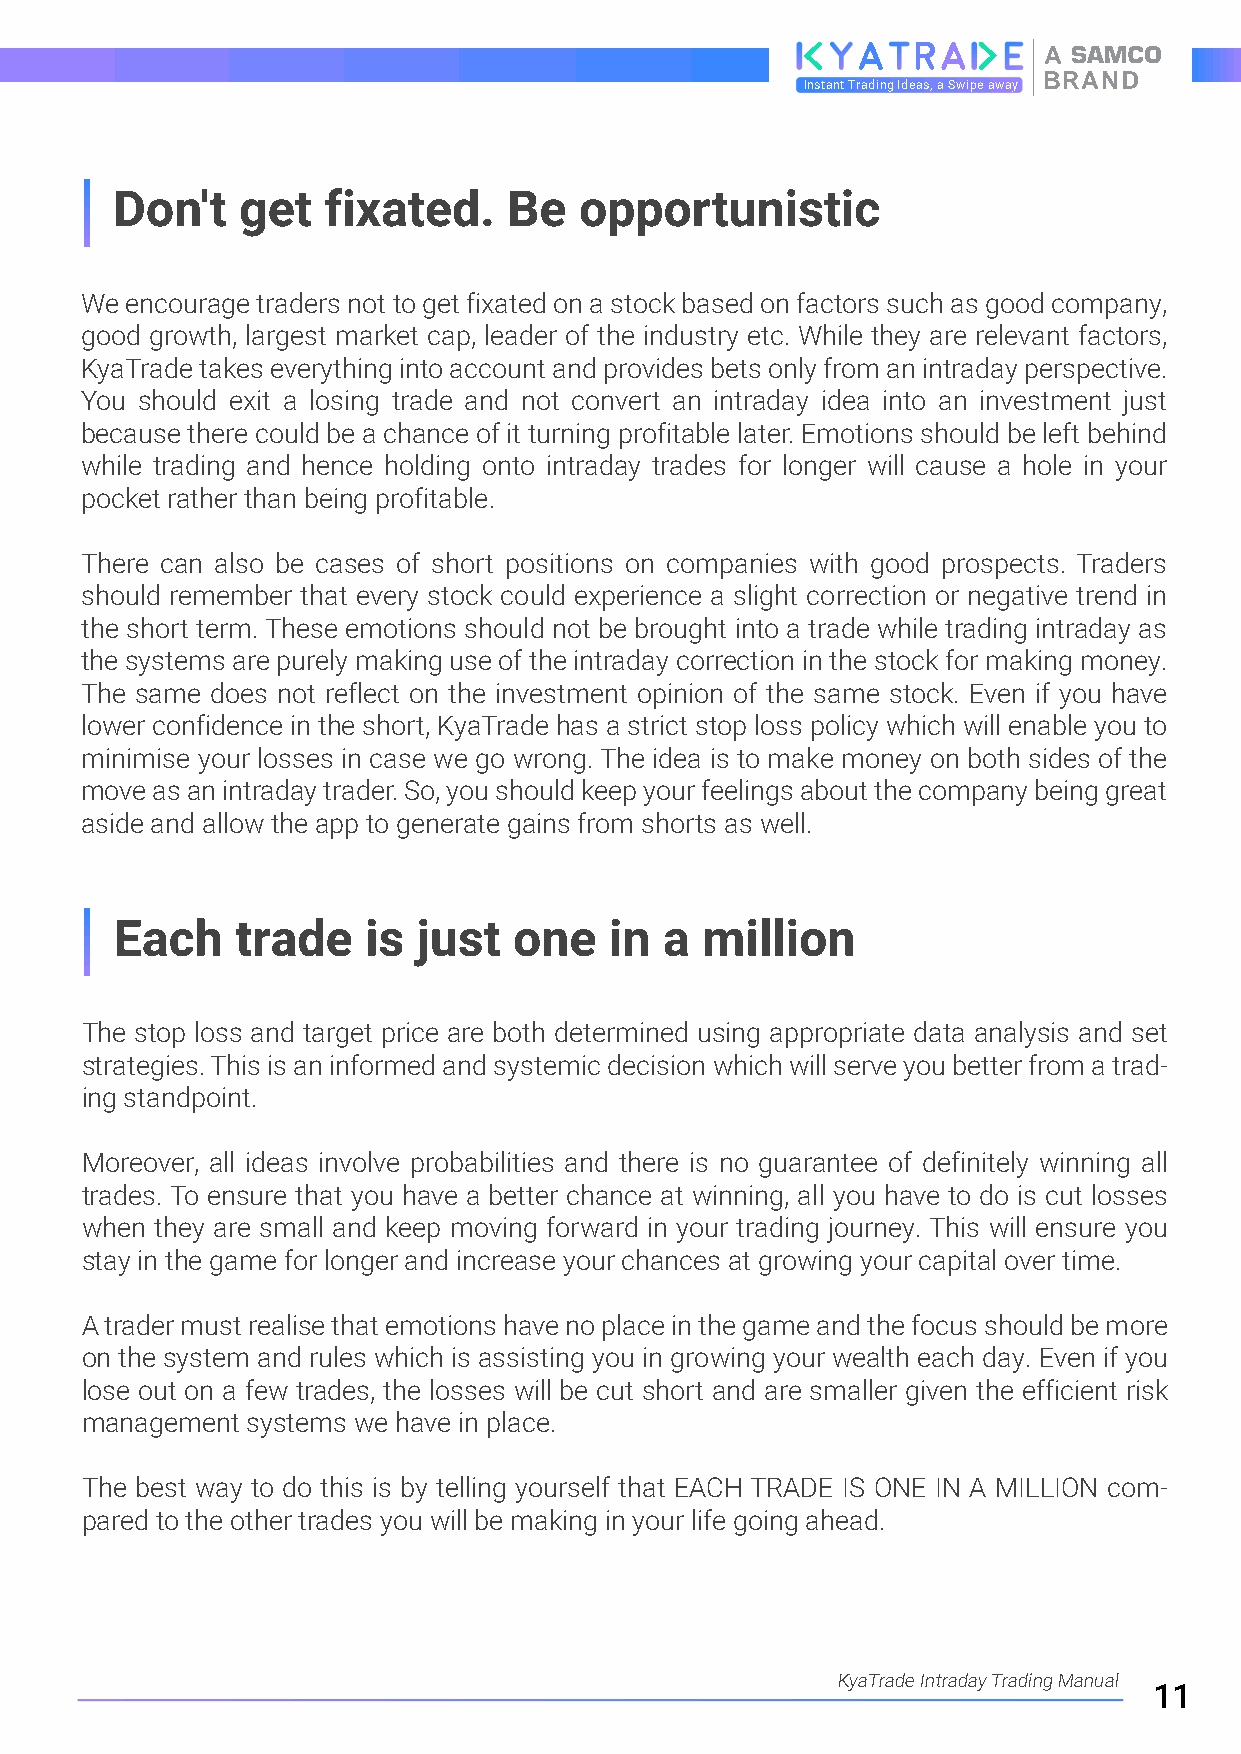
A
 BRAND
 Instant Trading Ideas, a Swipe away
 Don't   get  fixated.     Be  opportunistic
 We encourage traders not to get fixated on a stock based on factors such as good company,
 good growth, largest market cap, leader of the industry etc. While they are relevant factors,
 KyaTrade takes everything into account and provides bets only from an intraday perspective.
 You should exit a losing trade and not convert an intraday idea into an investment just
 because there could be a chance of it turning profitable later. Emotions should be left behind
 while trading and hence holding onto intraday trades for longer will cause a hole in your
 pocket rather than being profitable.
 There can also be cases of short positions on companies with good prospects. Traders
 should remember that every stock could experience a slight correction or negative trend in
 the short term. These emotions should not be brought into a trade while trading intraday as
 the systems are purely making use of the intraday correction in the stock for making money.
 The same does not reflect on the investment opinion of the same stock. Even if you have
 lower confidence in the short, KyaTrade has a strict stop loss policy which will enable you to
 minimise your losses in case we go wrong. The idea is to make money on both sides of the
 move as an intraday trader. So, you should keep your feelings about the company being great
 aside and allow the app to generate gains from shorts as well.
 Each    trade   is  just  one   in  a million
 The stop loss and target price are both determined using appropriate data analysis and set
 strategies. This is an informed and systemic decision which will serve you better from a trad-
 ing standpoint.
 Moreover, all ideas involve probabilities and there is no guarantee of definitely winning all
 trades. To ensure that you have a better chance at winning, all you have to do is cut losses
 when they are small and keep moving forward in your trading journey. This will ensure you
 stay in the game for longer and increase your chances at growing your capital over time.
 A trader must realise that emotions have no place in the game and the focus should be more
 on the system and rules which is assisting you in growing your wealth each day. Even if you
 lose out on a few trades, the losses will be cut short and are smaller given the efficient risk
 management systems we have in place.
 The best way to do this is by telling yourself that EACH TRADE IS ONE IN A MILLION com-
 pared to the other trades you will be making in your life going ahead.
 KyaTrade Intraday Trading Manual
 11